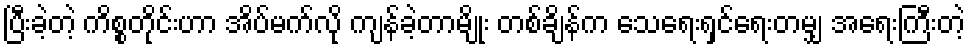
ပြီးခဲ့တဲ့ ကိစ္စတိုင်းဟာ အိပ်မက်လို ကျန်ခဲ့တာမျိုး တစ်ချိန်က သေရေးရှင်ရေးတမျှ အရေးကြီးတဲ့